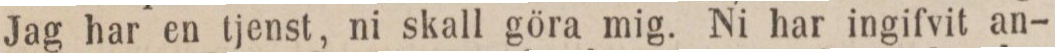
Jag har en tjenst, ni skall göra mig. Ni har ingifvit an-